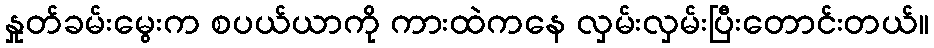
နှုတ်ခမ်းမွေးက စပယ်ယာကို ကားထဲကနေ လှမ်းလှမ်းပြီးတောင်းတယ်။